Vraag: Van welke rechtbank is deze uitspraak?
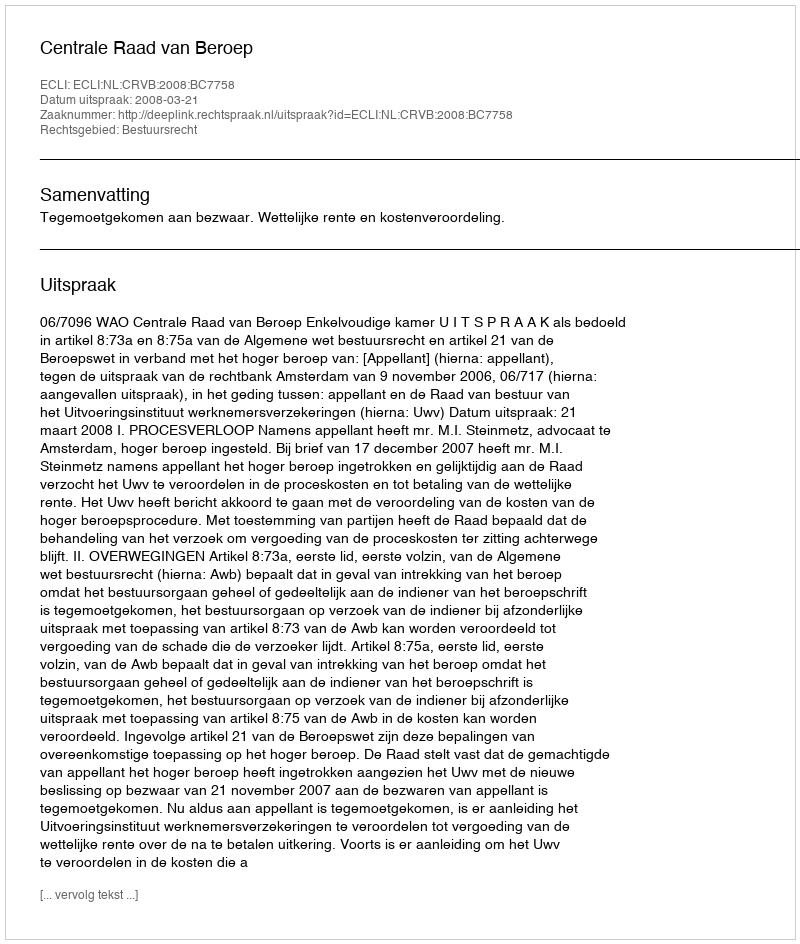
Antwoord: Centrale Raad van Beroep